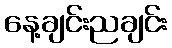
နေ့ချင်းညချင်း